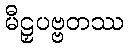
မီဠှပဗ္ဗတဿ